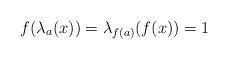
LaTeX: \begin{align*} f(\lambda_a(x))=\lambda_{f(a)}(f(x))=1 \end{align*}